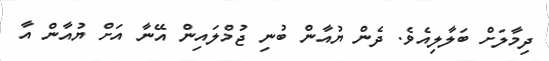
ދިމާލަށް ބަލާލިއެވެ. ދެން ޔުއާން ބުނި ޖުމްލައިން އޭނާ އަށް ޔުއާން އާ